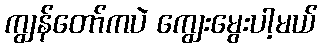
ကျွန်တော်ကပဲ ကျွေးမွေးပါ့မယ်